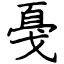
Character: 戞